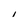
Character: i